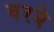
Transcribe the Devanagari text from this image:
बरबे